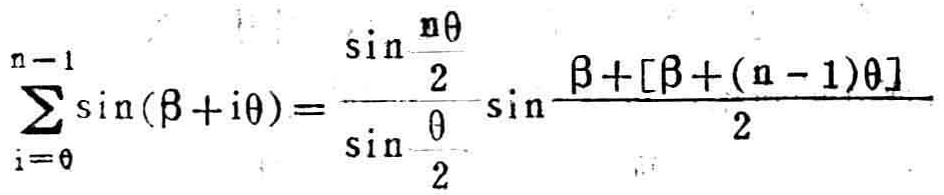
\(\sum_{i = 0}^{n - 1} \sin(\beta + i\theta)=\frac{\sin\frac{n\theta}{2}}{\sin\frac{\theta}{2}}\sin\frac{\beta+[\beta+(n - 1)\theta]}{2}\)